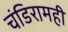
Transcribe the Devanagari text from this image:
चंडिरामही